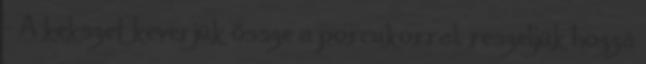
- A kekszet keverjük össze a porcukorral, reszeljük hozzá